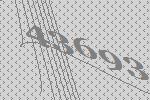
43693